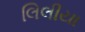
લિલીયા